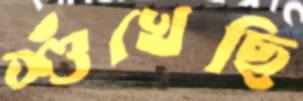
শুঁখেছি